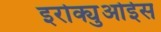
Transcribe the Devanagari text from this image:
इरोक्युओईस